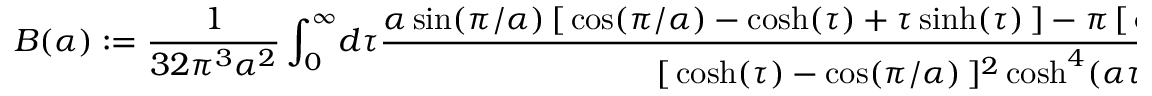
B ( \alpha ) : = \frac { 1 } { 3 2 \pi ^ { 3 } \alpha ^ { 2 } } \int _ { 0 } ^ { \infty } \! d \tau \frac { \alpha \sin ( \pi / \alpha ) \, [ \, \cos ( \pi / \alpha ) - \cosh ( \tau ) + \tau \sinh ( \tau ) \, ] - \pi \, [ \, \cos ( \pi / \alpha ) \cosh ( \tau ) - 1 \, ] } { [ \, \cosh ( \tau ) - \cos ( \pi / \alpha ) \, ] ^ { 2 } \cosh ^ { 4 } ( \alpha \tau / 2 ) } .